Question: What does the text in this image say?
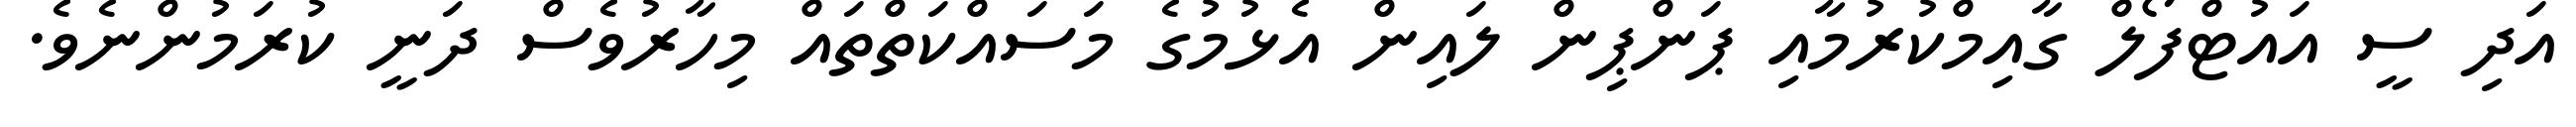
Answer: އަދި ސީ އައުޓްފޯލް ގާއިމްކުރުމާއި ޕަންޕިން ލައިން އެޅުމުގެ މަސައްކަތްތައް މިހާރުވެސް ދަނީ ކުރަމުންނެވެ.